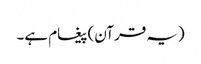
(یہ قرآن) پیغام ہے۔